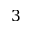
3